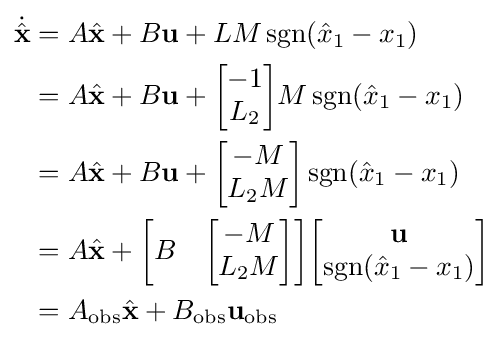
{\begin{aligned}{\dot {\hat {\mathbf {x} }}}&=A{\hat {\mathbf {x} }}+B\mathbf {u} +LM\operatorname {sgn} ({\hat {x}}_{1}-x_{1})\\&=A{\hat {\mathbf {x} }}+B\mathbf {u} +{\begin{bmatrix}-1\\L_{2}\end{bmatrix}}M\operatorname {sgn} ({\hat {x}}_{1}-x_{1})\\&=A{\hat {\mathbf {x} }}+B\mathbf {u} +{\begin{bmatrix}-M\\L_{2}M\end{bmatrix}}\operatorname {sgn} ({\hat {x}}_{1}-x_{1})\\&=A{\hat {\mathbf {x} }}+{\begin{bmatrix}B&{\begin{bmatrix}-M\\L_{2}M\end{bmatrix}}\end{bmatrix}}{\begin{bmatrix}\mathbf {u} \\\operatorname {sgn} ({\hat {x}}_{1}-x_{1})\end{bmatrix}}\\&=A_{\text{obs}}{\hat {\mathbf {x} }}+B_{\text{obs}}\mathbf {u} _{\text{obs}}\end{aligned}}